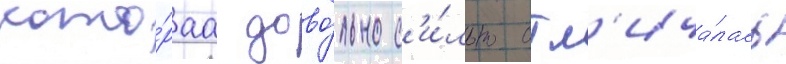
кото́раа дово́льно с'и́льно отл'ича́лась